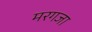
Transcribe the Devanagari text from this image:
मरगजा